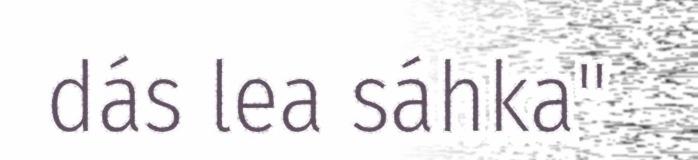
dás lea sáhka"